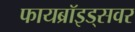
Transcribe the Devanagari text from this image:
फायब्रॉइड्‌सवर